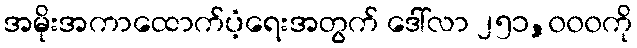
အမိုးအကာထောက်ပံ့ရေးအတွက် ဒေါ်လာ ၂၅၁,၀၀၀ကို